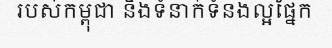
របស់កម្ពុជា និងទំនាក់ទំនងល្អផ្នែក